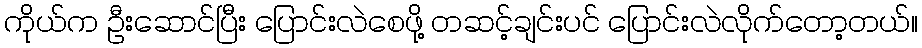
ကိုယ်က ဦးဆောင်ပြီး ပြောင်းလဲစေဖို့ တဆင့်ချင်းပင် ပြောင်းလဲလိုက်တော့တယ်။